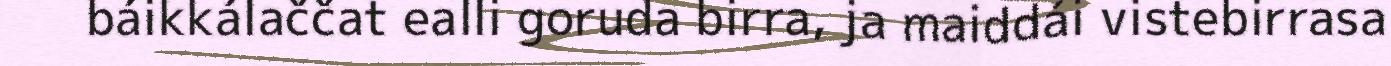
báikkálaččat ealli goruda birra, ja maiddái vistebirrasa